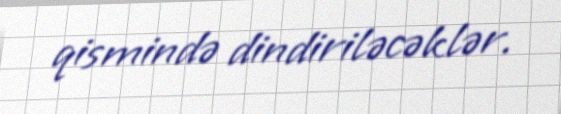
qismində dindiriləcəklər.